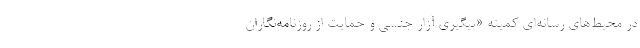
در محیط‌های رسانه‌ای کمیته «پیگیری آزار جنسی و حمایت از روزنامه‌نگاران